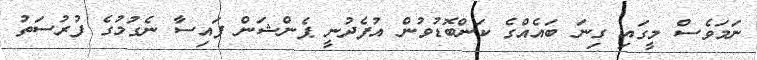
ނަމަވެސް މީގައި ގިނަ ބައެއްގެ ކަންބޮޑުވުން އުފެދުނީ ޕެންޝަން ފައިސާ ނެގުމުގެ ފުރުސަތު